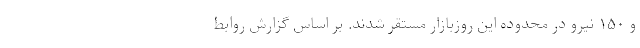
و ۱۵۰ نیرو در محدوده این روزبازار مستقر شدند. بر اساس گزارش روابط